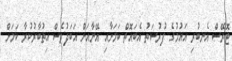
ޓޮރޭސް އެނބުރި އައުމުގެ ފުރުސަތު އެބައޮތް ކަމަށާއި އޭނާއަށް އަބަދުވެސް އިތުބާރުކުރާ ކަމަށް